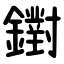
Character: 鑆